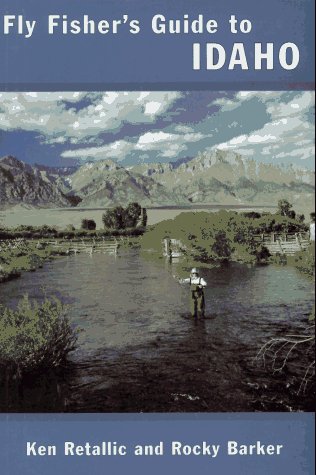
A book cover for Fly Fisher's Guide to Idaho (Flyfisher's Guides); Ken Retallic; Travel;